Report on lock hospitals in British Burma
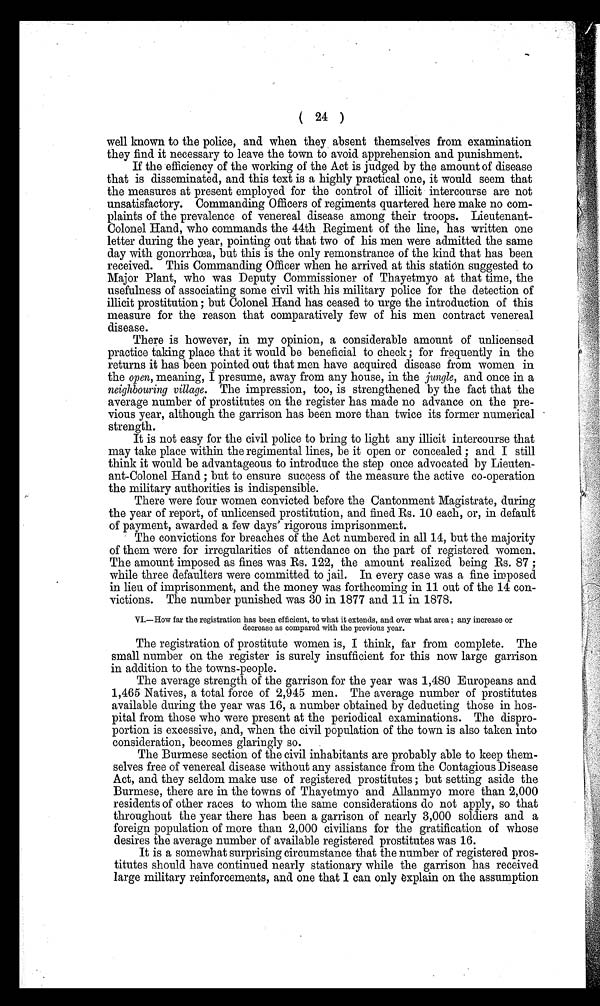
( 24 )
well known to the police, and when they , absent themselves from examination
they find it necessary to leave the town to avoid apprehension and punishment.
If the efficiency of the working of the Act is judged by the amount of disease
that is disseminated, and this text is a highly practical one, it would seem that
the measures at present employed for the control of illicit intercourse are not
unsatisfactory. Commanding Officers of regiments quartered here make no com-
plaints of the prevalence of venereal disease among their troops. Lieutenant-
Colonel Hand, who commands the 44th Regiment of the line, has written one
letter during the year, pointing out that two of his men were admitted the same
day with gonorrhoea, but this is the only remonstrance of the kind that has been
received. This Commanding Officer when he arrived at this station suggested to
Major Plant, who was Deputy Commissioner of Thayetmyo at that time, the
usefulness of associating some civil with his military police for the detection of
illicit prostitution; but Colonel Hand has ceased to urge the introduction of this
measure for the reason that comparatively few of his men contract venereal
disease.
There is however, in my opinion, a considerable amount of unlicensed
practice taking place that it would be beneficial to check ; for frequently in the
returns it has been pointed out that men have acquired disease from women in
the open, meaning, I presume, away from any house, in the jungle, and once in a
neighbouring village. The impression, too, is strengthened by the fact that the
average number of prostitutes on the register has made no advance on the pre-
vious year, although the garrison has been more than twice its former numerical
strength.
It is not easy for the civil police to bring to light any illicit intercourse that
may take place within the regimental lines, be it open or concealed ; and I still
think it would be advantageous to introduce the step once advocated by Lieuten-
ant-Colonel Hand ; but to ensure success of the measure the active co-operation
the military authorities is indispensible.
There were four women convicted before the Cantonment Magistrate, during
the year of report, of unlicensed prostitution, and fined Rs. 10 each, or, in default
of payment, awarded a few days' rigorous imprisonment.
The convictions for breaches of the Act numbered in all 14, but the majority
of them were for irregularities of attendance on the part of registered women.
The amount imposed as fines was Rs. 122, the amount realized being Rs. 87 ;
while three defaulters were committed to jail. In every case was a fine imposed
in lieu of imprisonment, and the money was forthcoming in 11 out of the 14 con-
victions. The number punished was 30 in 1877 and 11 in 1878.
VI.—How far the registration has been efficient, to what it extends, and over what area ; any increase or
decrease as compared with the previous year.
The registration of prostitute women is, I think, far from complete. The
small number on the register is surely insufficient for this now large garrison
in addition to the towns-people.
The average strength of the garrison for the year was 1,480 Europeans and
1,465 Natives, a total force of 2,945 men. The average number of prostitutes
available during the year was 16, a number obtained by deducting those in hos-
pital from those who were present at the periodical examinations. The dispro-
portion is excessive, and, when the civil population of the town is also taken into
consideration, becomes glaringly so.
The Burmese section of the civil inhabitants are probably able to keep them-
selves free of venereal disease without any assistance from the Contagious Disease
Act, and they seldom make use of registered prostitutes ; but setting aside the
Burmese, there are in the towns of Thayetmyo and Allanmyo more than 2,000
residents of other races to whom the same considerations do not apply, so that
throughout the year there has been a garrison of nearly 3,000 soldiers and a
foreign population of more than 2,000 civilians for the gratification of whose
desires the average number of available registered prostitutes was 16.
It is a somewhat surprising circumstance that the number of registered pros-
titutes should have continued nearly stationary while the garrison has received
large military reinforcements, and one that I can only explain on the assumption